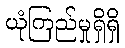
ယုံကြည်မှုရှိရှိ